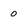
Character: 0